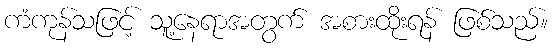
ကံကုန်သဖြင့် သူ့နေရာအတွက် အစားထိုးရန် ဖြစ်သည်။